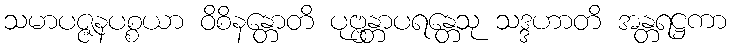
သမာပဇ္ဇနပစ္စယာ ဝိစိနန္တောတိ ပုဗ္ဗန္တာပရန္တေသု သဒ္ဒဟာတိ အန္တရဋ္ဌကာ